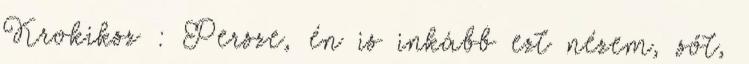
Krokiksz : Persze, én is inkább ezt nézem, sőt,